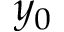
y _ { 0 }